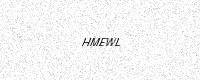
Text: HMEWL